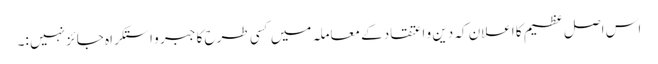
اس اصل عظیم کا اعلان کہ دین و اعتقاد کے معاملہ میں کسی طرح کا جبر و استکراہ جائز نہیں :۔